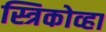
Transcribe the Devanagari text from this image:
स्त्रिकोव्हा